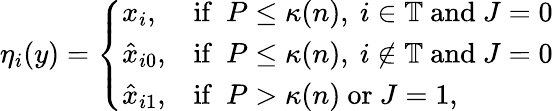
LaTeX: \eta_{i}(y)=\left\{ \begin{array}{ll}{x_{i},}&{\mathrm{if}\ \ P\le\kappa(n),\ i\in\mathbb{T}\mathrm{~and~}J=0}\\ {\hat{x}_{i0},}&{\mathrm{if}\ \ P\le\kappa(n),\ i\notin\mathbb{T}\mathrm{~and~}J=0}\\ {\hat{x}_{i1},}&{\mathrm{if}\ \ P>\kappa(n)\mathrm{~or~}J=1,}\end{array}\right.